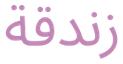
زندقة